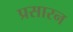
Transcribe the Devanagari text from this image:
प्रसारन